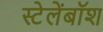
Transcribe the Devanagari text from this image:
स्टेलेंबॉश